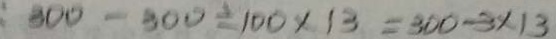
3 0 0 - 3 0 0 \div 1 0 0 \times 1 3 = 3 0 0 - 3 \times 1 3